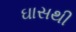
ઘાસથી